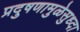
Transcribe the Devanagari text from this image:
प्रदुषणामुळेसुध्दा